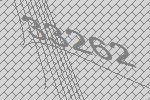
33262